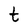
Character: t